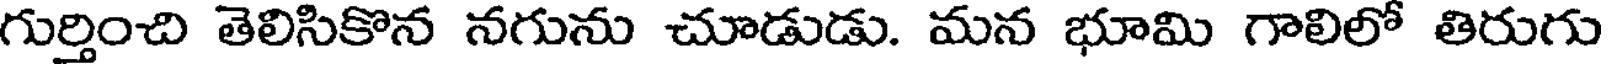
గుర్తించి తెలిసికొన నగును చూడుడు. మన భూమి గాలిలో తిరుగు